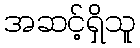
အဆင့်ရှိသူ